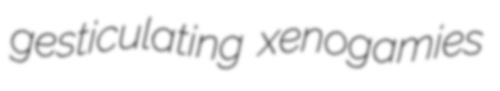
gesticulating xenogamies